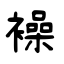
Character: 襙